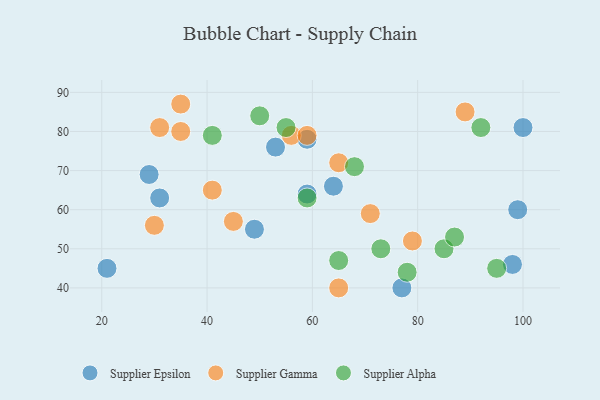
{"axis": {"x": "GDP", "y": "Life Expectancy"}, "legend": ["Supplier Alpha", "Supplier Epsilon", "Supplier Gamma"], "data": [{"x": "99", "y": 60, "type": "Supplier Epsilon"}, {"x": "29", "y": 69, "type": "Supplier Epsilon"}, {"x": "53", "y": 76, "type": "Supplier Epsilon"}, {"x": "100", "y": 81, "type": "Supplier Epsilon"}, {"x": "31", "y": 63, "type": "Supplier Epsilon"}, {"x": "98", "y": 46, "type": "Supplier Epsilon"}, {"x": "49", "y": 55, "type": "Supplier Epsilon"}, {"x": "59", "y": 78, "type": "Supplier Epsilon"}, {"x": "77", "y": 40, "type": "Supplier Epsilon"}, {"x": "21", "y": 45, "type": "Supplier Epsilon"}, {"x": "64", "y": 66, "type": "Supplier Epsilon"}, {"x": "59", "y": 64, "type": "Supplier Epsilon"}, {"x": "65", "y": 40, "type": "Supplier Gamma"}, {"x": "79", "y": 52, "type": "Supplier Gamma"}, {"x": "56", "y": 79, "type": "Supplier Gamma"}, {"x": "35", "y": 80, "type": "Supplier Gamma"}, {"x": "65", "y": 72, "type": "Supplier Gamma"}, {"x": "89", "y": 85, "type": "Supplier Gamma"}, {"x": "30", "y": 56, "type": "Supplier Gamma"}, {"x": "35", "y": 87, "type": "Supplier Gamma"}, {"x": "41", "y": 65, "type": "Supplier Gamma"}, {"x": "59", "y": 79, "type": "Supplier Gamma"}, {"x": "31", "y": 81, "type": "Supplier Gamma"}, {"x": "71", "y": 59, "type": "Supplier Gamma"}, {"x": "45", "y": 57, "type": "Supplier Gamma"}, {"x": "59", "y": 63, "type": "Supplier Alpha"}, {"x": "68", "y": 71, "type": "Supplier Alpha"}, {"x": "55", "y": 81, "type": "Supplier Alpha"}, {"x": "95", "y": 45, "type": "Supplier Alpha"}, {"x": "73", "y": 50, "type": "Supplier Alpha"}, {"x": "78", "y": 44, "type": "Supplier Alpha"}, {"x": "50", "y": 84, "type": "Supplier Alpha"}, {"x": "92", "y": 81, "type": "Supplier Alpha"}, {"x": "85", "y": 50, "type": "Supplier Alpha"}, {"x": "87", "y": 53, "type": "Supplier Alpha"}, {"x": "41", "y": 79, "type": "Supplier Alpha"}, {"x": "65", "y": 47, "type": "Supplier Alpha"}]}